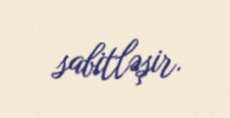
sabitləşir.